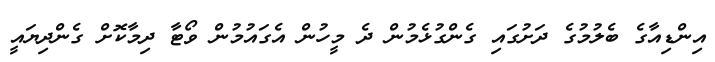
އިންޑިއާގެ ބެލުމުގެ ދަށުގައި ގެންގުޅެމުން ދެ މީހުން އެގައުމުން ވޯޓާ ދިމާކޮށް ގެންދިޔައީ